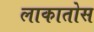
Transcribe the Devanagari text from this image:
लाकातोस